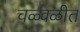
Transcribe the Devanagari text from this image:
चळ्वळीत